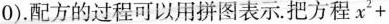
0$$）配方的过程可以用拼图表示。把方程$$x ^ { 2 } +